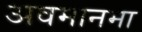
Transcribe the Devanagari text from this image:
अवमानमा